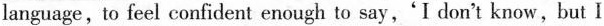
language, to feel confident enough to say,'I don't know,but I